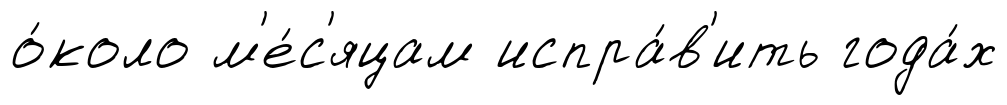
о́коло м'е́с'яцам испра́в'ить года́х